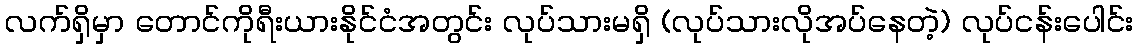
လက်ရှိမှာ တောင်ကိုရီးယားနိုင်ငံအတွင်း လုပ်သားမရှိ (လုပ်သားလိုအပ်နေတဲ့) လုပ်ငန်းပေါင်း